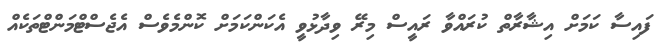
ފައިސާ ކަމަށް އިޝާރާތް ކުރައްވާ ރައީސް މިރޭ ވިދާޅުވީ އެކަންކަމަށް ކޮންމެވެސް އެޖެސްޓްމަންޓްތަކެއް